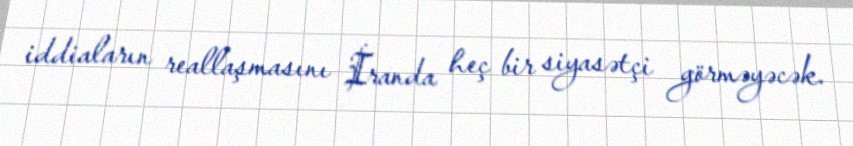
iddiaların reallaşmasını İranda heç bir siyasətçi görməyəcək.